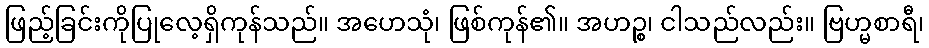
ဖြည့်ခြင်းကိုပြုလေ့ရှိကုန်သည်။ အဟေသုံ၊ ဖြစ်ကုန်၏။ အဟဉ္စ၊ ငါသည်လည်း။ ဗြဟ္မစာရီ၊